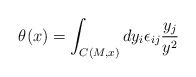
\begin{align*}\theta(x)=\int_{C(M,x)} dy_i \epsilon_{ij}\frac{y_j}{y^2}\end{align*}